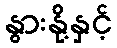
နွားနို့နှင့်